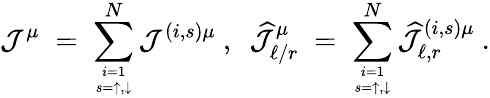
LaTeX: {\mathcal J}^{\mu}\; =\; \sum_{i=1\atop s=\uparrow,\downarrow}^{N}{\mathcal J}^{(i,s)\mu}~,~~\widehat{{\mathcal J}}_{\ell/r}^{\mu}\; =\; \sum_{i=1\atop s=\uparrow,\downarrow}^{N}\widehat{{\mathcal J}}_{\ell,r}^{(i,s)\mu}~.